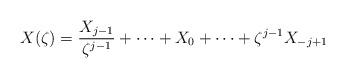
LaTeX: \begin{align*} X(\zeta) = \frac{X_{j-1}}{\zeta^{j-1}} + \cdots + X_0 + \cdots + \zeta^{j-1} X_{-j+1}\end{align*}